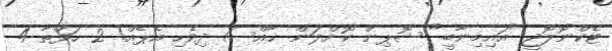
ޓެކްނޮލޮޖީ "އައިމިނާބީ" ޝޮޕިން ކޮށްލަން ޚާއްސަ ދިވެހި އެޕެއް! 2 ހަފްތާ 4